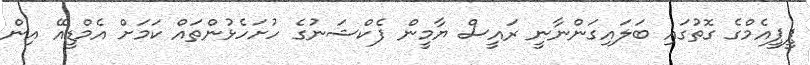
ޕީޕީއެމްގެ ގޮތުގައި ބަލައިގަންނާނީ ރައީސް ޔާމީން ފެކްޝަނުގެ ހުށަހެޅުންތައް ކަމަށް އެމްޑީއޭ އިން